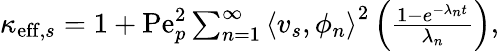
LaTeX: \begin{array}{r}{\kappa_{\mathrm{eff},s}=1+\mathrm{Pe}_{p}^{2}\sum_{n=1}^{\infty}\left\langle v_{s},\phi_{n}\right\rangle^{2}\left(\frac{1-e^{-\lambda_{n}t}}{\lambda_{n}}\right),}\end{array}